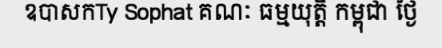
ឧបាសកTy Sophat គណៈ ធម្មយុត្តិ កម្ពុជា ថ្ងៃ